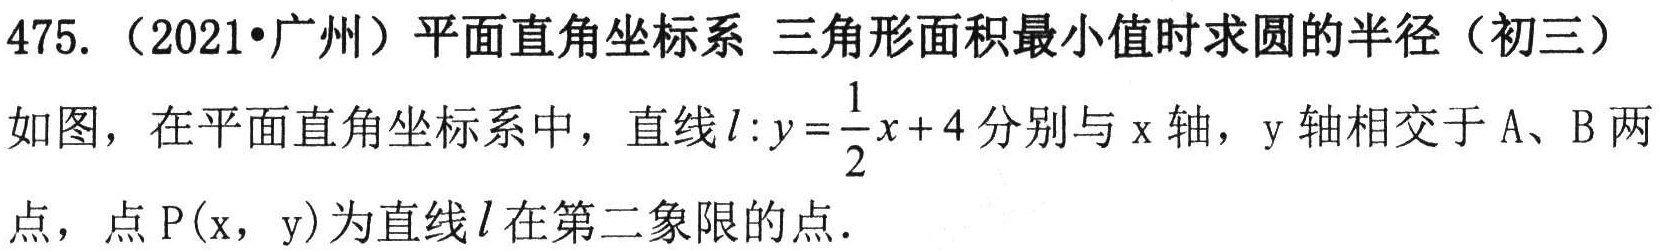
475. （2021•广州）平面直角坐标系 三角形面积最小值时求圆的半径（初三）
如图，在平面直角坐标系中，直线\(l:y = \frac{1}{2}x + 4\)分别与\(x\)轴，\(y\)轴相交于\(A\)、\(B\)两点，点\(P(x,y)\)为直线\(l\)在第二象限的点．